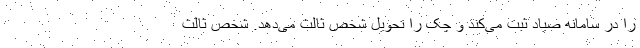
را در سامانه صیاد ثبت می‌کند و چک را تحویل شخص ثالث می‌دهد. شخص ثالث